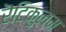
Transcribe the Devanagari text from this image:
रॆटिकुलम